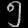
Digit: ၅